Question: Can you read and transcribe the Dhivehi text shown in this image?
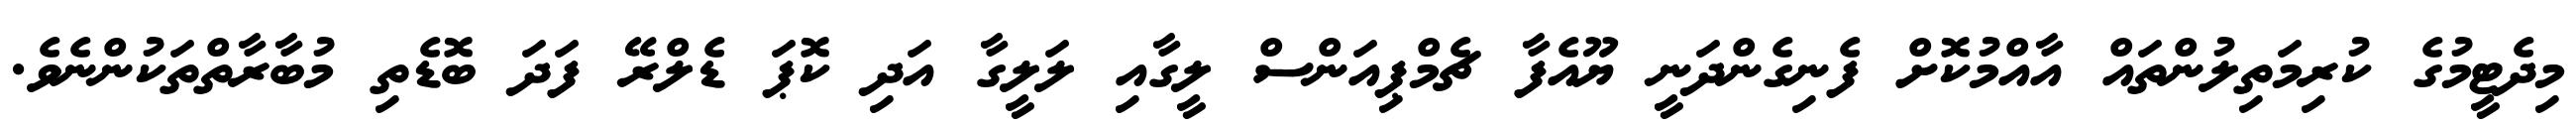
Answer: މިދެޓީމުގެ ކުރިމަތިލުންތައް އާއްމުކޮށް ފެނިގެންދަނީ ޔޫއެފާ ޗެމްޕިއަންސް ލީގާއި ލަލީގާ އަދި ކޮޕަ ޑެލްރޭ ފަދަ ބޮޑެތި މުބާރާތްތަކުންނެވެ.